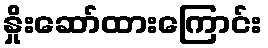
နှိုးဆော်ထားကြောင်း